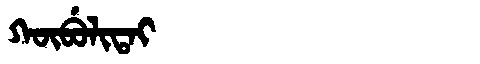
Manchu: ᡴᡡᠪᡠᠯᡳᡨᠠᡳ
Romanization: KŪBULITAI